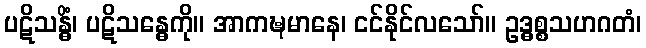
ပဋိသန္ဓိံ၊ ပဋိသန္ဓေကို။ အာကဍ္ဎမာနေ၊ ငင်နိုင်လသော်။ ဥဒ္ဓစ္စသဟဂတံ၊